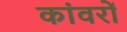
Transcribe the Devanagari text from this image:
कांवरों